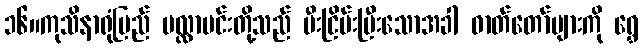
၁၆။ကုသိနာရုံပြည် မလ္လာမင်းတို့သည် မီးငြိမ်းပြီးသောအခါ ဓာတ်တော်များကို ရွှေ